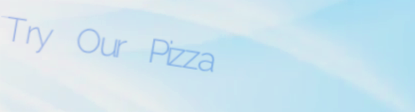
Try Our Pizza